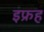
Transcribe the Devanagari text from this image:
इफ्रह